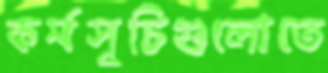
কর্মসূচিগুলোতে